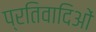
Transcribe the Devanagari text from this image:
प्रतिवादिओं